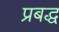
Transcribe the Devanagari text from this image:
प्रबद्ध